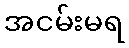
အငမ်းမရ